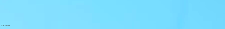
OPEN 24 HOURS